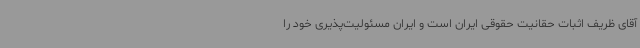
آقای ظریف اثبات حقانیت حقوقی ایران است و ایران مسئولیت‌پذیری خود را